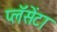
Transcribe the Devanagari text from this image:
प्लॅसेंटा